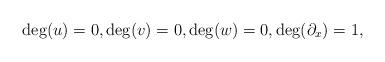
LaTeX: \begin{align*} \deg(u)=0, \deg(v)=0, \deg(w)=0, \deg(\partial_x)=1,\end{align*}